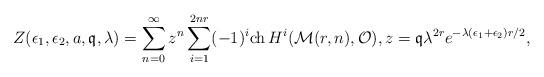
LaTeX: \begin{align*} Z(\epsilon_1,\epsilon_2,a,\mathfrak{q},\lambda)= \sum_{n=0}^\infty z^n \sum_{i=1}^{2nr}(-1)^i\mathrm{ch}\,H^i(\mathcal M(r,n),\mathcal O),z=\mathfrak{q}\lambda^{2r}e^{-\lambda(\epsilon_1+\epsilon_2)r/2},\end{align*}